Punjab Mental Hospital Lahore 1932-46 - 1932-1946
Year: 1932
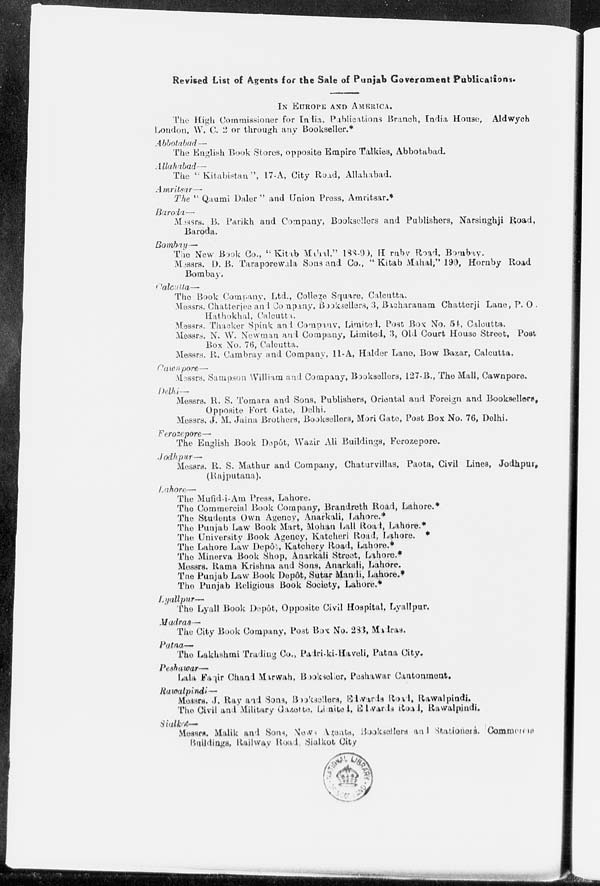
Revised List of Agents for the Sale of Punjab Government Publications.
IN EUROPE AND AMERICA.
The High Commissioner for India, Publications Branch, India House, Aldwych
London, W. C. 2 or through any Bookseller.*
Abbotabad —
The English Book Stores, opposite Empire Talkies, Abbotabad.
Allahabad -
The " Kitabistan ", 17-A, City Road, Allahabad.
Amritsar —
The " Qaumi Daler " and Union Press, Amritsar.*
Baroda—
Messrs. B. Parikh and Company, Booksellers and Publishers, Narsinghji Road,
Baroda.
Bombay—
The New Book Co., " Kitab Mahal," 188-99, Hornby Road, Bombay.
Messrs. D. B. Taraporewala Sons and Co., " Kitab Mahal," 190, Hornby Road
Bombay.
Calcutta—
The Book Company, Ltd., College Square, Calcutta.
Messrs. Chatterjee and Company, Booksellers, 3, Bacharanam Chatterji Lane, P. O .
Hathokhal, Calcutta.
Messrs. Thacker Spink and Company, Limited, Post Box: No. 54, Calcutta.
Messrs. N. W. Newman and Company, Limited, 3, Old Court House Street, Post
Box No. 76, Calcutta.
Messrs. R. Cambray and Company, 11-A, Halder Lane, Bow Bazar, Calcutta.
Cawnpore —
Messrs. Sampson William and Company, Booksellers, 127-B., The Mall, Cawnpore.
Delhi—
Messrs. R. S. Tomara and Sons, Publishers, Oriental and Foreign and Booksellers,
Opposite Fort Gate, Delhi.
Messrs. J. M. Jaina Brothers, Booksellers, Mori Gate, Post Box No. 76, Delhi.
Ferozepore—
The English Book Depôt, Wazir Ali Buildings, Ferozepore.
Jodhpur —
Messrs. R. S. Mathur and Company, Chaturvillas, Paota, Civil Lines, Jodhpur,
(Rajputana).
Lahore—
The Mufid-i-Am Press, Lahore.
The Commercial Book Company, Brandreth Road, Lahore.*
The Students Own Agency, Anarkali, Lahore.*
The Punjab Law Book Mart, Mohan Lall Road, Lahore.*
The University Book Agency, Katcheri Road, Lahore. *
The Lahore Law Depôt, Katchery Road, Lahore.*
The Minerva Book Shop, Anarkali Street, Lahore.*
Messrs. Rama Krishna and Sons, Anarkali, Lahore.
The Punjab Law Book Depôt, Sutar Mandi, Lahore.*
The Punjab Religious Book Society, Lahore.*
Lyallpur—
The Lyall Book Depôt, Opposite Civil Hospital, Lyallpur.
Madras —
The City Book Company, Post Box No. 233, Madras.
Patna—
The Lakhshmi Trading Co., Padri-ki-Haveli, Patna City.
Peshawar—
Lala Faqir Chand Marwah, Bookseller, Peshawar Cantonment.
Rawalpindi —
Messrs. J. Ray and Sons, Booksellers, Elwards Road, Rawalpindi,
The Civil and Military Gazette. Limited, Elwards Road, Rawalpindi.
Sialkot—
Messrs. Malik and Sons, News Agents, Booksellers and Stationers. Commereca
Buildings, Railway Road, Sialkot City